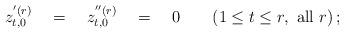
LaTeX: \begin{align*}z^{'(r)}_{t,0} \quad = \quad z^{''(r)}_{t,0} \quad = \quad 0\qquad ( 1 \le t \le r, \,\, {\rm{all}} \,\, r ) \, ;\end{align*}